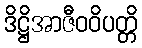
ဒိဋ္ဌိအာဇီဝဝိပတ္တိ